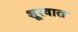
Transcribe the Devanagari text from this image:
शूरवात